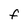
Character: f